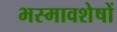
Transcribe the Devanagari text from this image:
भस्मावशेषों